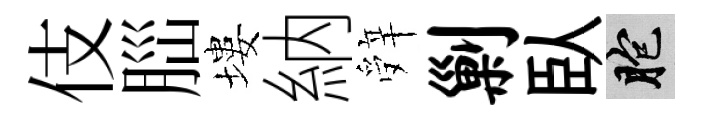
伎𦛁塿納辤剿臥胞